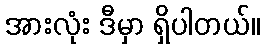
အားလုံး ဒီမှာ ရှိပါတယ်။